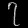
Digit: ၇